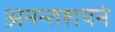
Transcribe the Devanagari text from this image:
अनन्तशयनं